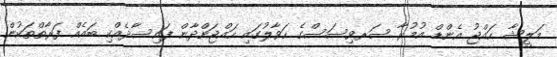
މަލީޝާ ހައްޖު އެންޑް އުމުރާ ސަރވިސަސްގެ ހަވާލުގައި ހައްޖަށްދާން ފައިސާދެއްކި ބައެއް ފަރާތްތަކުން